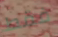
فقط